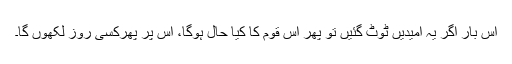
اس بار اگر یہ امیدیں ٹوٹ گئیں تو پھر اس قوم کا کیا حال ہوگا، اس پر پھرکسی روز لکھوں گا۔